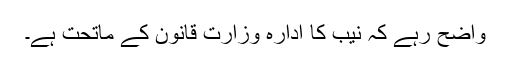
واضح رہے کہ نیب کا ادارہ وِزارت قانون کے ماتحت ہے۔